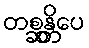
တစ္ဆန္တိပေ